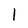
Character: 1